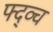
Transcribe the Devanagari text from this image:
फ्द्व्च